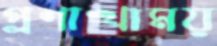
প্রশাখাময়